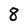
Character: 8